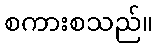
စကားစသည်။